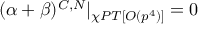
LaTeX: ( \alpha + \beta ) ^ { C , N } | _ { \chi P T [ { \cal { O } } ( p ^ { 4 } ) ] } = 0